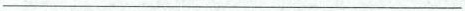
___